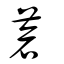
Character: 蒼